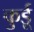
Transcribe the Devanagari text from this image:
कुर्डू